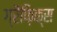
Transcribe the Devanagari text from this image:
ग्रैफ़िक्स